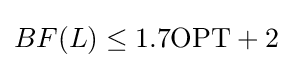
BF(L)\leq 1.7\mathrm {OPT} +2